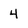
Character: 4